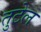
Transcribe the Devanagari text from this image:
तुटेल